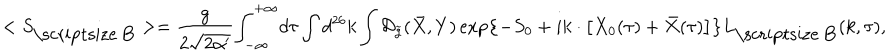
< { S _ { \mathrm { \scriptsize ~ B } } } > = { \frac { g } { 2 \sqrt { 2 \alpha ^ { \prime } } } } { \int _ { - \infty } ^ { + \infty } } d \tau \int { d ^ { 2 6 } } k \int { \mathcal { D } _ { \tilde { g } } } ( \bar { X } , Y ) \exp \left\{ - { S _ { 0 } } + i k \cdot \left[ { X _ { 0 } } ( \tau ) + \bar { X } ( \tau ) \right] \right\} { L _ { \mathrm { \scriptsize ~ B } } } ( k , \tau ) ,